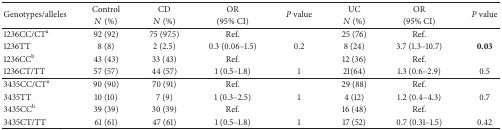
<table><thead><tr><td rowspan="2"><b>Genotypes/alleles</b></td><td><b>Control </b></td><td><b>CD</b></td><td><b>OR</b></td><td rowspan="2"><b><i>P</i> value</b></td><td><b>UC</b></td><td><b>OR</b></td><td rowspan="2"><b><i>P</i> value</b></td></tr><tr><td><b><i>N</i> (%)</b></td><td><b><i>N</i> (%)</b></td><td><b>(95% CI)</b></td><td><b><i>N</i> (%)</b></td><td><b>(95% CI)</b></td></tr></thead><tbody><tr><td>1236CC/CT<sup>a</sup></td><td>92 (92)</td><td>75 (97.5)</td><td>Ref.</td><td> </td><td>25 (76)</td><td>Ref.</td><td> </td></tr><tr><td>1236TT</td><td>8 (8)</td><td>2 (2.5)</td><td>0.3 (0.06–1.5)</td><td>0.2</td><td>8 (24)</td><td>3.7 (1.3–10.7)</td><td><b>0.03</b></td></tr><tr><td>1236CC<sup>b</sup></td><td>43 (43)</td><td>33 (43)</td><td>Ref.</td><td> </td><td>12 (36)</td><td>Ref.</td><td> </td></tr><tr><td>1236CT/TT</td><td>57 (57)</td><td>44 (57)</td><td>1 (0.5–1.8)</td><td>1</td><td>21(64)</td><td>1.3 (0.6–2.9)</td><td>0.5</td></tr><tr><td>3435CC/CT<sup>a</sup></td><td>90 (90)</td><td>70 (91)</td><td>Ref.</td><td> </td><td>29 (88)</td><td>Ref.</td><td> </td></tr><tr><td>3435TT</td><td>10 (10)</td><td>7 (9)</td><td>1 (0.3–2.5)</td><td>1</td><td>4 (12)</td><td>1.2 (0.4–4.3)</td><td>0.7</td></tr><tr><td>3435CC<sup>b</sup></td><td>39 (39)</td><td>30 (39)</td><td>Ref.</td><td> </td><td>16 (48)</td><td>Ref.</td><td> </td></tr><tr><td>3435CT/TT</td><td>61 (61)</td><td>47 (61)</td><td>1 (0.5–1.8)</td><td>1</td><td>17 (52)</td><td>0.7 (0.31–1.5)</td><td>0.42</td></tr></tbody></table>